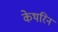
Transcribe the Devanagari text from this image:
केथरिन